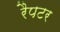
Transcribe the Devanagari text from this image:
रैपटर